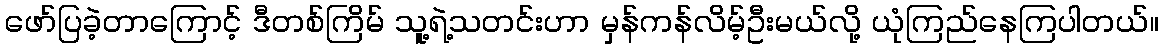
ဖော်ပြခဲ့တာကြောင့် ဒီတစ်ကြိမ် သူ့ရဲ့သတင်းဟာ မှန်ကန်လိမ့်ဦးမယ်လို့ ယုံကြည်နေကြပါတယ်။